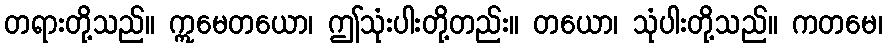
တရားတို့သည်။ ဣမေတယော၊ ဤသုံးပါးတို့တည်း။ တယော၊ သုံပါးတို့သည်။ ကတမေ၊